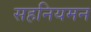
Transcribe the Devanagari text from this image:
सहनियमन